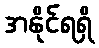
အနိုင်ရရှိ